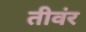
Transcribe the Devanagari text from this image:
तीवंर